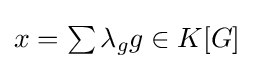
{\textstyle x=\sum \lambda _{g}g\in K[G]}